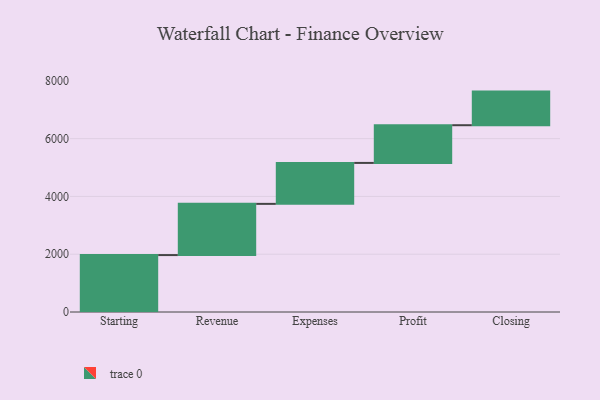
{"axis": {"x": "Step", "y": "Value"}, "legend": [""], "data": [{"x": "Starting", "y": 1970.0, "type": ""}, {"x": "Revenue", "y": 1772.0, "type": ""}, {"x": "Expenses", "y": 1417.0, "type": ""}, {"x": "Profit", "y": 1305.0, "type": ""}, {"x": "Closing", "y": 1163.0, "type": ""}]}